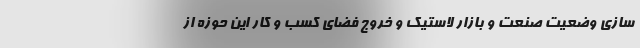
سازی وضعیت صنعت و بازار لاستیک و خروج فضای کسب و کار این حوزه از